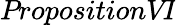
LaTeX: \textit{PropositionVI}